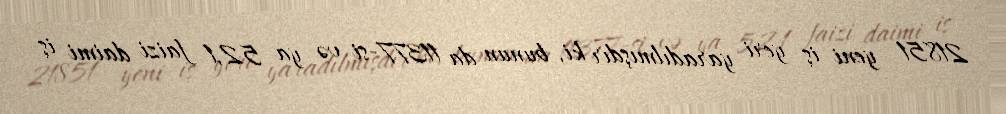
21851 yeni iş yeri yaradılmışdır ki, bunun da 11377-si və ya 52,1 faizi daimi iş